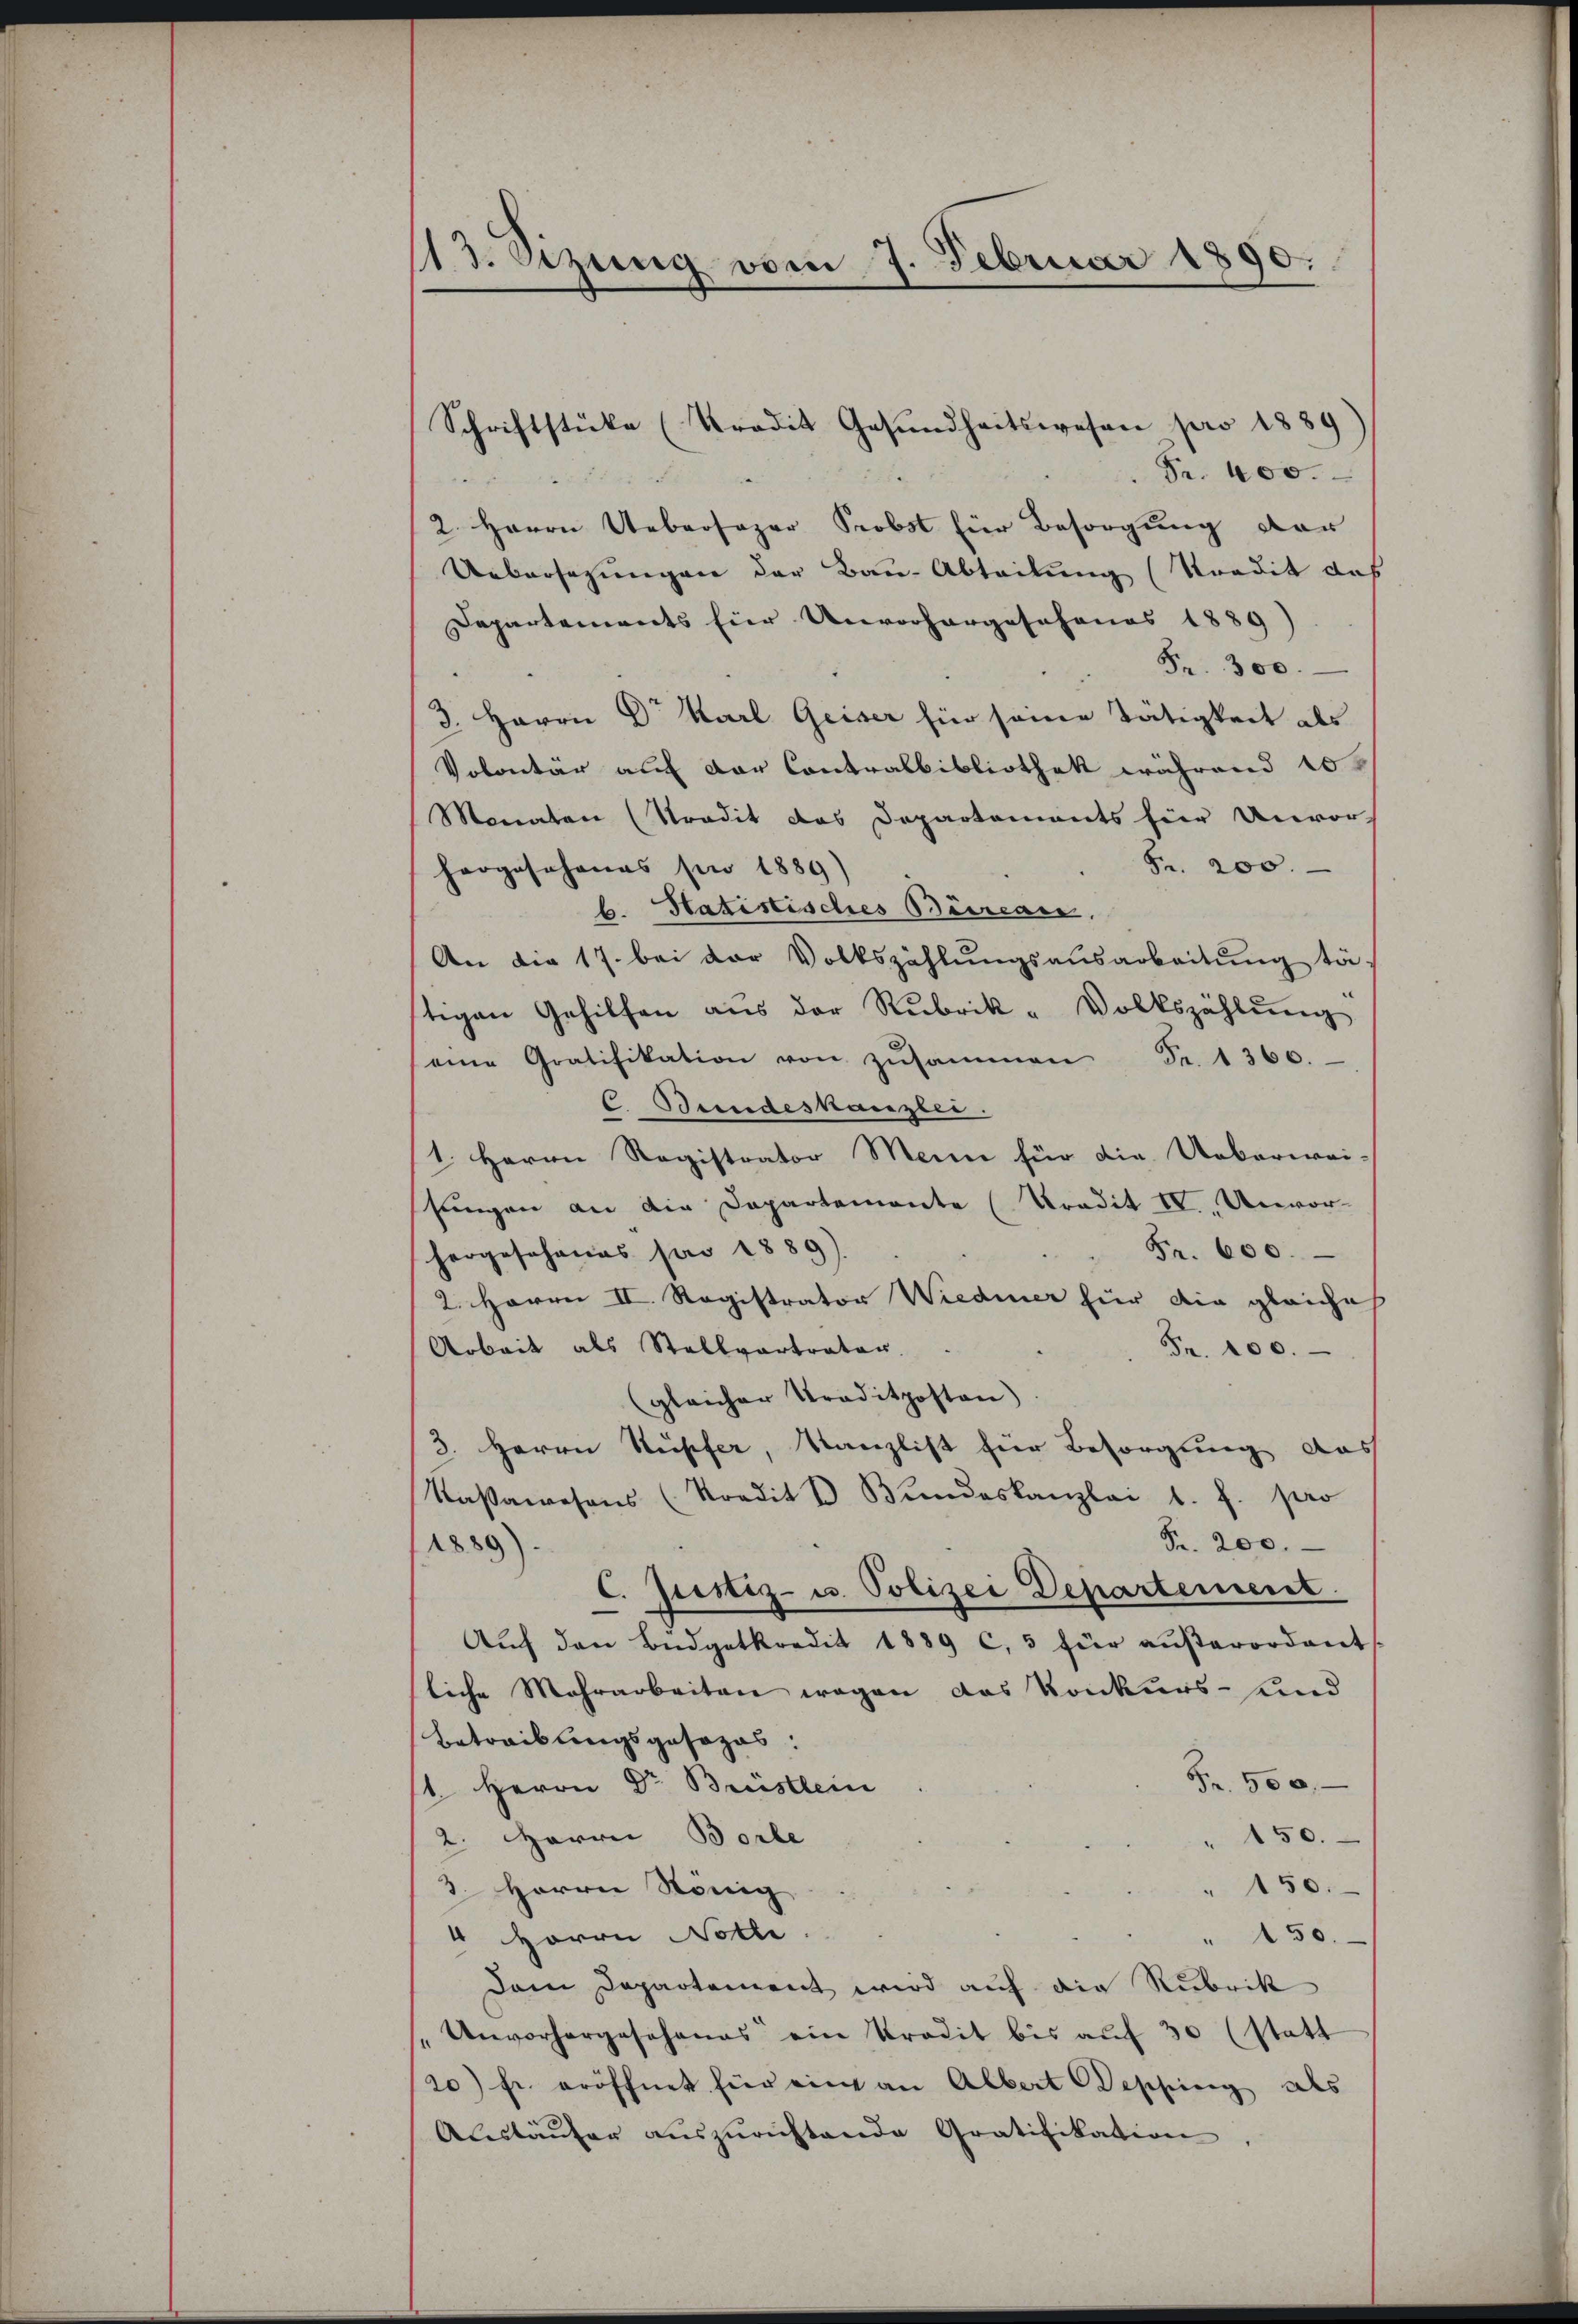
13. Sizung vom 7. Februar 1890.

Schriftstücke (Tradit Gesundheitswesen pro 1889
Fr. 400.
2. Herrn Uebersager Probst für Besorgung der
Uebersezungen der Bau-Abteilung (Tradit das
Departements für Unvorhergesehenes 1889)
Fr. 300.
d. Herrn Dr Karl Geiser für seine Tätigkeit als
Volontär auf der Contralbibliothek während 10
Monaten (Tradit das Departements hier Unvor-
Fr. 200.
horgesehenes für 1889)
b. Hatistisches Beircar.
An die 17. bei der Volkszählŭngsausarbeitung tä
tigen Gehilfen aŭs der Rubrik- Volkszählŭng
eine Gratifikation von zŭsammen Fr. 1360.
C. Bundeskanzlei.
1. Herrn Ragistrator Mein für die Ueberwei-
shungen an die Departemente (Kredit II. Unvor-
Fr. 600.
hergeschenes par 1889)
2. Herren II. Registrator Wiedener hier die gleiche
Arbeit als Stellvertrater.
Fr. 100.
(gleicher Traditposten)
3. Herrn Kupfer, Kanzlist für Besorgung das
Naßawesens (Kredit u Bŭndeskanzlei s. f. pro
Fr. 200.
1889)
C. Justiz- u. Polizei Departement
Aŭf den Budgetkredit 1889 c. 3 für aŭβerordent
liche Mehrarbeiten wegen das Konkurs- und
Betreibungsgesezes:
Fr. 500.
11. Herrn Dr. Brüstlein
2. Herrn Borle
" 150.
" 150.
3. Herrn König
4 Herrn Notli
" 150.
Dem Departement wird auf die Rubrik
"Unvorhergeschanas ein Predit bis aŭf 30 (statt
20) Fr. eröffnet für eine an Albert Besching als
Aŭstäŭfer aŭszŭrichtende Gratifikation,